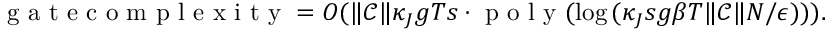
\mathrm { ~ g ~ a ~ t ~ e ~ c ~ o ~ m ~ p ~ l ~ e ~ x ~ i ~ t ~ y ~ } = O ( \Vert \mathcal C \Vert \kappa _ { J } g T s \cdot \mathrm { ~ p ~ o ~ l ~ y ~ } ( \log { ( \kappa _ { J } s g \beta T \Vert \mathcal C \Vert N / \epsilon ) } ) ) .